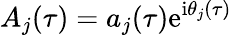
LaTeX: A_{j}(\tau)=a_{j}(\tau)\mathrm{e}^{\mathrm{i}\theta_{j}(\tau)}